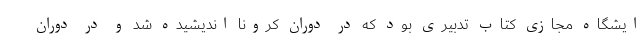
ایشگاه مجازی کتاب تدبیری بود که در دوران کرونا اندیشیده شد و در دوران